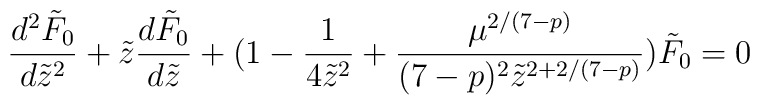
\frac{d^2\tilde F_0}{d\tilde z^2}+\tilde z\frac{d\tilde F_0}{d\tilde z}+(1-\frac{1}{4\tilde z^2}+\frac{\mu^{2/(7-p)}}{(7-p)^2 \tilde z^{2+2/(7-p)}})\tilde F_0=0